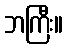
ဘကြီး။